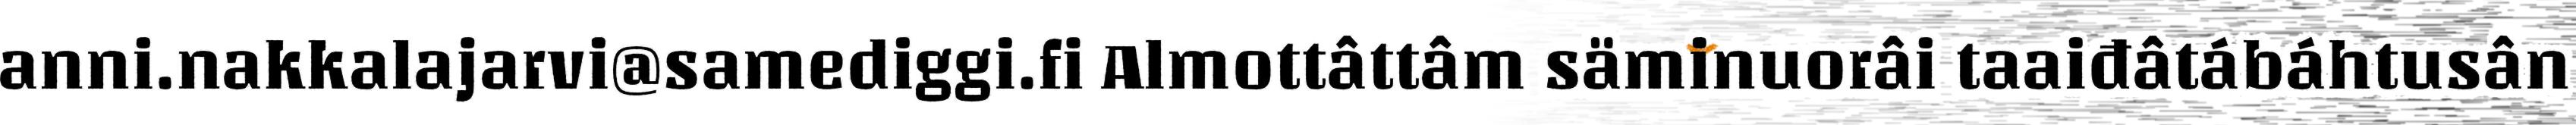
anni.nakkalajarvi@samediggi.fi Almottâttâm säminuorâi taaiđâtábáhtusân